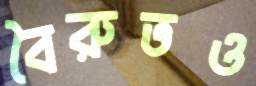
বৈরুতও